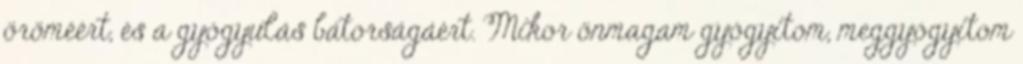
öröméért, és a gyógyulás bátorságáért. Mikor önmagam gyógyítom, meggyógyítom